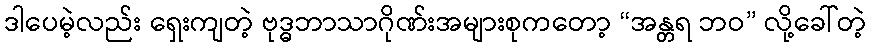
ဒါပေမဲ့လည်း ရှေးကျတဲ့ ဗုဒ္ဓဘာသာဂိုဏ်းအများစုကတော့ “အန္တရ ဘဝ” လို့ခေါ်တဲ့